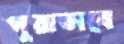
পুরাভাবে